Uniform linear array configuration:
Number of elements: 48
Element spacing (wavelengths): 0.5
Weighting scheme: binomial
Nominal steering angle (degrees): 15
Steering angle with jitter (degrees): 14.288
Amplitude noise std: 0.05
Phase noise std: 0.05

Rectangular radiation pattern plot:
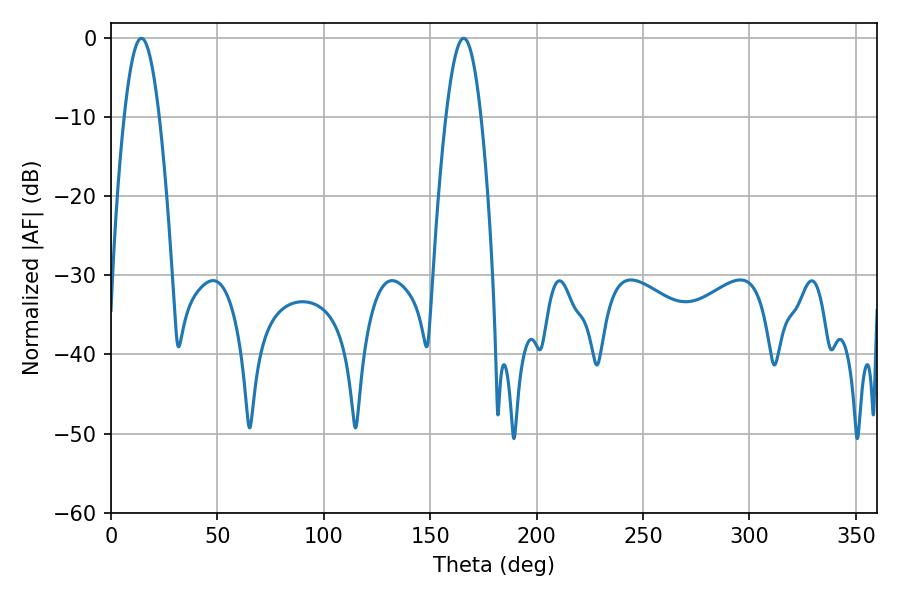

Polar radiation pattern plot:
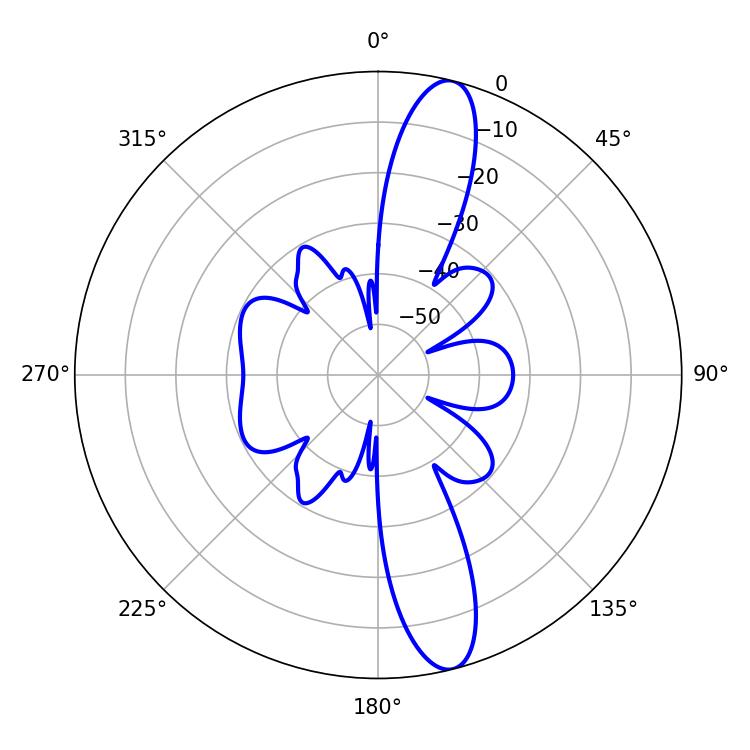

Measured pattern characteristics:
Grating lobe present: FALSE
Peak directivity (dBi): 13.806
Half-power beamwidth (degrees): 8.82
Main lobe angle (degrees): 14.22